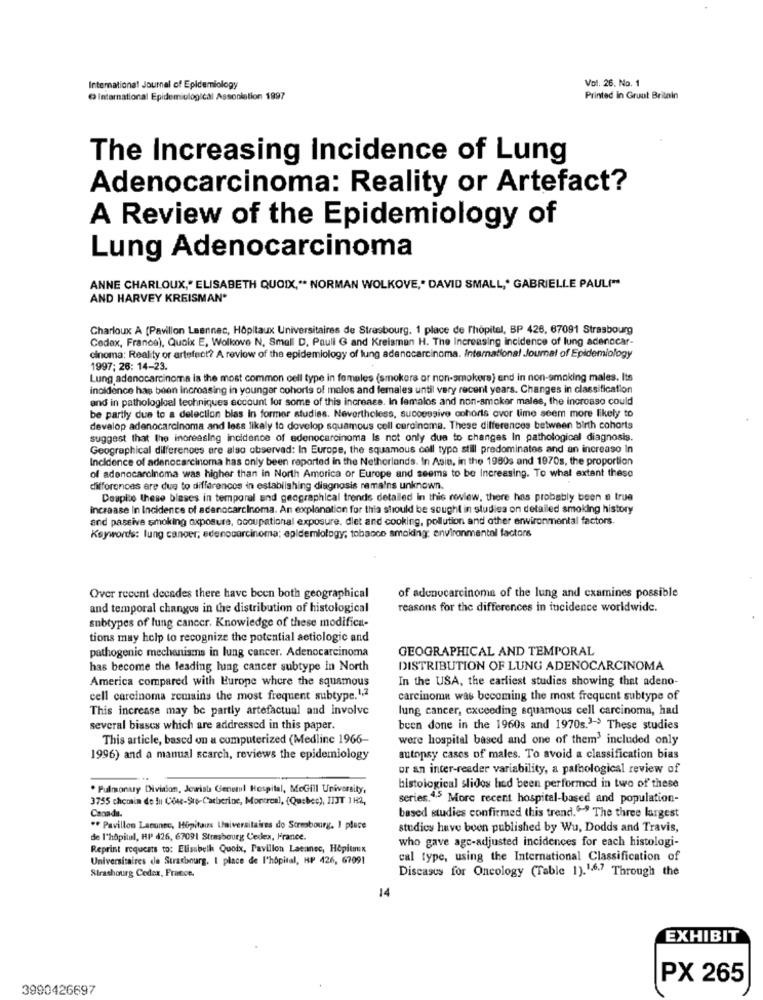
Vol. 26. No. 1
International Journal of Epidemiology
@ International Epidemiological Association 1997
Printed in Grunt Britain
The Increasing Incidence of Lung
Adenocarcinoma: Reality or Artefact?
A Review of the Epidemiology of
Lung Adenocarcinoma
ANNE CHARLOUX," ELISABETH QUOIX,"* NORMAN WOLKOVE," DAVID SMALL ,* GABRIELLE PAUL("
AND HARVEY KREISMAN®
Charloux A [Pavillon Laennec, Hôpitaux Universitaires de Strasbourg. 1 place de l'hopitel, BP 426, 67091 Strasbourg
Codex, France), Quoix E, Wolkove N. Small D. Pauli G and Kreisman H. The Increasing incidence of lung adenocar-
cinoma: Real ty or artefact? A review of the epidemiology of lung adenocarcinoma. International Journal of Epidemiology
1997; 26: 14-23.
Lung adenocarcinoma is the most common cell type in females (smokers or non-smokers) end in non-smoking males. Its
incidence has been increasing in younger cohorts of males and females until very recent years. Changes in classification
and in pathologieel techniques account for some of this increase. In femalos and non-smoker males, the incroaso could
be partly due to a delection bias In former studies. Nevertheless, successive cohorts over lime seem more likely to
devalop adenocarcinoma and less likely to dovelop squamous cell carcinoma. These differences between birth cohorts
suggest that the increasing incidence of adenocarcinoma Is not only due to changes In pathological diagnosis.
Geographical differences are also observed: In Europe, the squamous cell typo still predominates and an increase In
Incidence of adenocarcinoma has only been reported in the Netherlands. In Asie, in the 1980s and 1970s, the proportion
of adenocarcinoma was higher than in North America or Europe and seems to be Increasing. To what extent these
differences are due to differences in establishing diagnosis remains unknown.
Despite these blases in temporal and geographical trends detailed in this review, there has probably been a true
increase In Incidence of adenocarcinoma. An explanation for thia should be sought in studies on detailed smoking history
and passive smoking exposure, occupational exposure. diet and cooking, pollution and other environmental factors.
Keywords: lung cancer; edenocarcinoma; epidemiology, tobacco smoking: environmental factors
of adenocarcinoma of the lung and cxamines possible
Over recent decades there have been both geographical
and temporal changes in the distribution of histological
reasons for the differences in incidence worldwide.
subtypes of lung cancer. Knowledge of these modifica-
tions may help to recognize the potential aetiologic and
pathogenic mechanisms in lung cancer. Adenocarcinoma
GEOGRAPHICAL AND TEMPORAL
has become the leading lung cancer subtype in North
DISTRIBUTION OF LUNG ADENOCARCINOMA
America compared with Europe where the squamous
In the USA, the earliest studies showing that adeno-
cell carcinoma remains the most frequent subtype.1,2
carcinoma was becoming the most frequent subtype of
This increase may be partly artefactual and involve
lung cancer, exceeding squamous cell carcinoma, had
several biases which are addressed in this paper.
been done in the 1960s and 1970s.3-> These studies
This article, based on a computerized (Medline 1966-
were hospital based and one of them' included only
1996) and a manual scarch, reviews the epidemiology
autopsy cases of males. To avoid a classification bias
or an inter-reader variability, a pathological review of
. Pulmonary Division, Jewish Genel Hospital, McGill University,
histological slidos hed been performed in two of these
3755 chemin de fu Cote-Ste-Carberine, Montreal, (Quebec), JIJT 1H2,
series.4,5 More recent hospital-based and population-
Canada.
based studies confirmed this trend."" The three largest
** Pavillon Lacunec, Hopitaux Universitaires do Strabourg, 1 place
studies have been published by Wu, Dodds and Travis,
de l'hôpital, HP 426, 67091 Strasbourg Cedex, France.
who gave agc-adjusted incidences for each histologi-
Reprint requests to: Elisubelk Quoix, Pavillon Lacanec, Hôpitaux
Universitaires de Strasbourg. I place de l'hôpital, HP 426, 67091
cal type, using the International Classification of
Strasbourg Cedex, Francot.
Diseases for Oncology (Table 1). 1.6.7 Through the
14
EXHIBIT
PX 265
3990426697